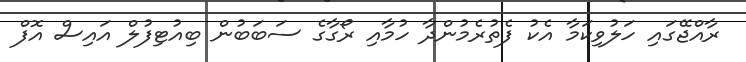
ރާއްޖޭގައި ހަލުވިކަމާ އެކު ފެތުރެމުންދާ ހުމާއި ރޯގާގެ ސަބަބުން ބިއުޓިފުލް އައިސް އޮފް